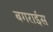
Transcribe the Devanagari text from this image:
बगराईस